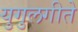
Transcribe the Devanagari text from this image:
युगुलगीते